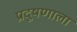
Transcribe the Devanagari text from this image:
प्रदूषणाला